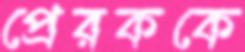
প্রেরককে